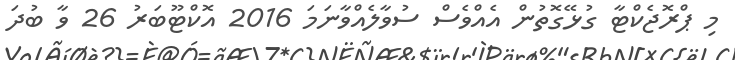
މި ޕްރޮޖެކްޓާ ގުޅޭގޮތުން އެއްވެސް ސުވާލެއްވާނަމަ 2016 އޮކްޓޫބަރު 26 ވާ ބުދަ